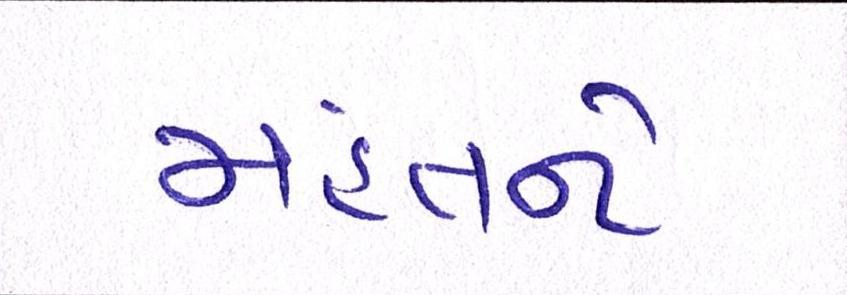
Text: મહંતને